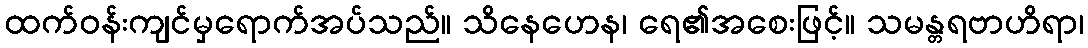
ထက်ဝန်းကျင်မှရောက်အပ်သည်။ သိနေဟေန၊ ရေ၏အစေးဖြင့်။ သမန္တရဗာဟိရာ၊